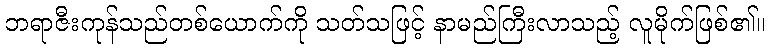
ဘရာဇီးကုန်သည်တစ်ယောက်ကို သတ်သဖြင့် နာမည်ကြီးလာသည့် လူမိုက်ဖြစ်၏။